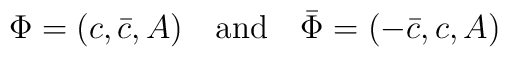
\Phi = (c,\bar{c},A)\quad\mbox{and}\quad\bar{\Phi} =(-\bar{c},c,A)